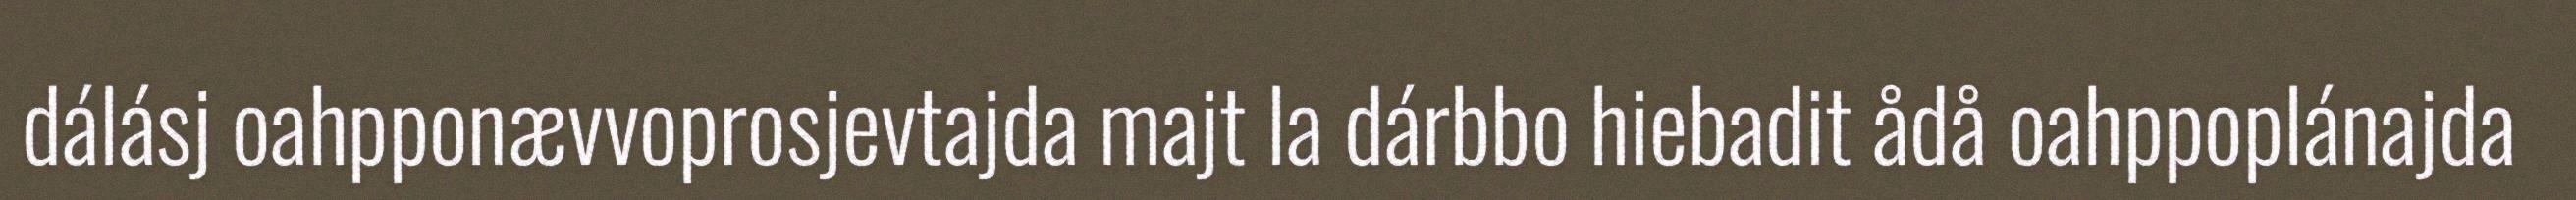
dálásj oahpponævvoprosjevtajda majt la dárbbo hiebadit ådå oahppoplánajda